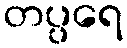
တပ္ပရေ